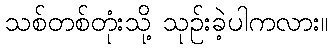
သစ်တစ်တုံးသို့ သုဉ်းခဲ့ပါကလား။